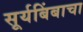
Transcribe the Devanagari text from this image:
सूर्यबिंबाचा